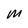
Character: M